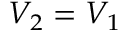
V _ { 2 } = V _ { 1 }